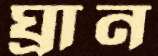
ঘ্রান